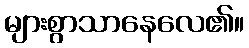
များစွာသာနေလေ၏။